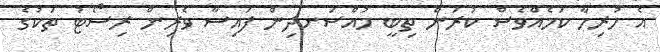
އެ ހުރިހާ ކަމެއްވެސް ކުރަން ތިބީ މުއްސަނދިން ފައިސާ ވެރިން ރިސޯޓު ތަކުގެ